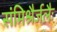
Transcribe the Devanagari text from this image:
संमिश्रैर्जलैः